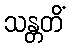
သန္တတိံ